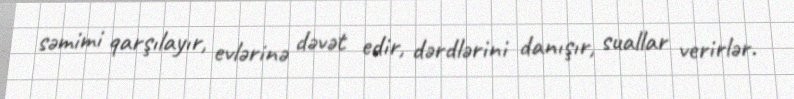
səmimi qarşılayır, evlərinə dəvət edir, dərdlərini danışır, suallar verirlər.